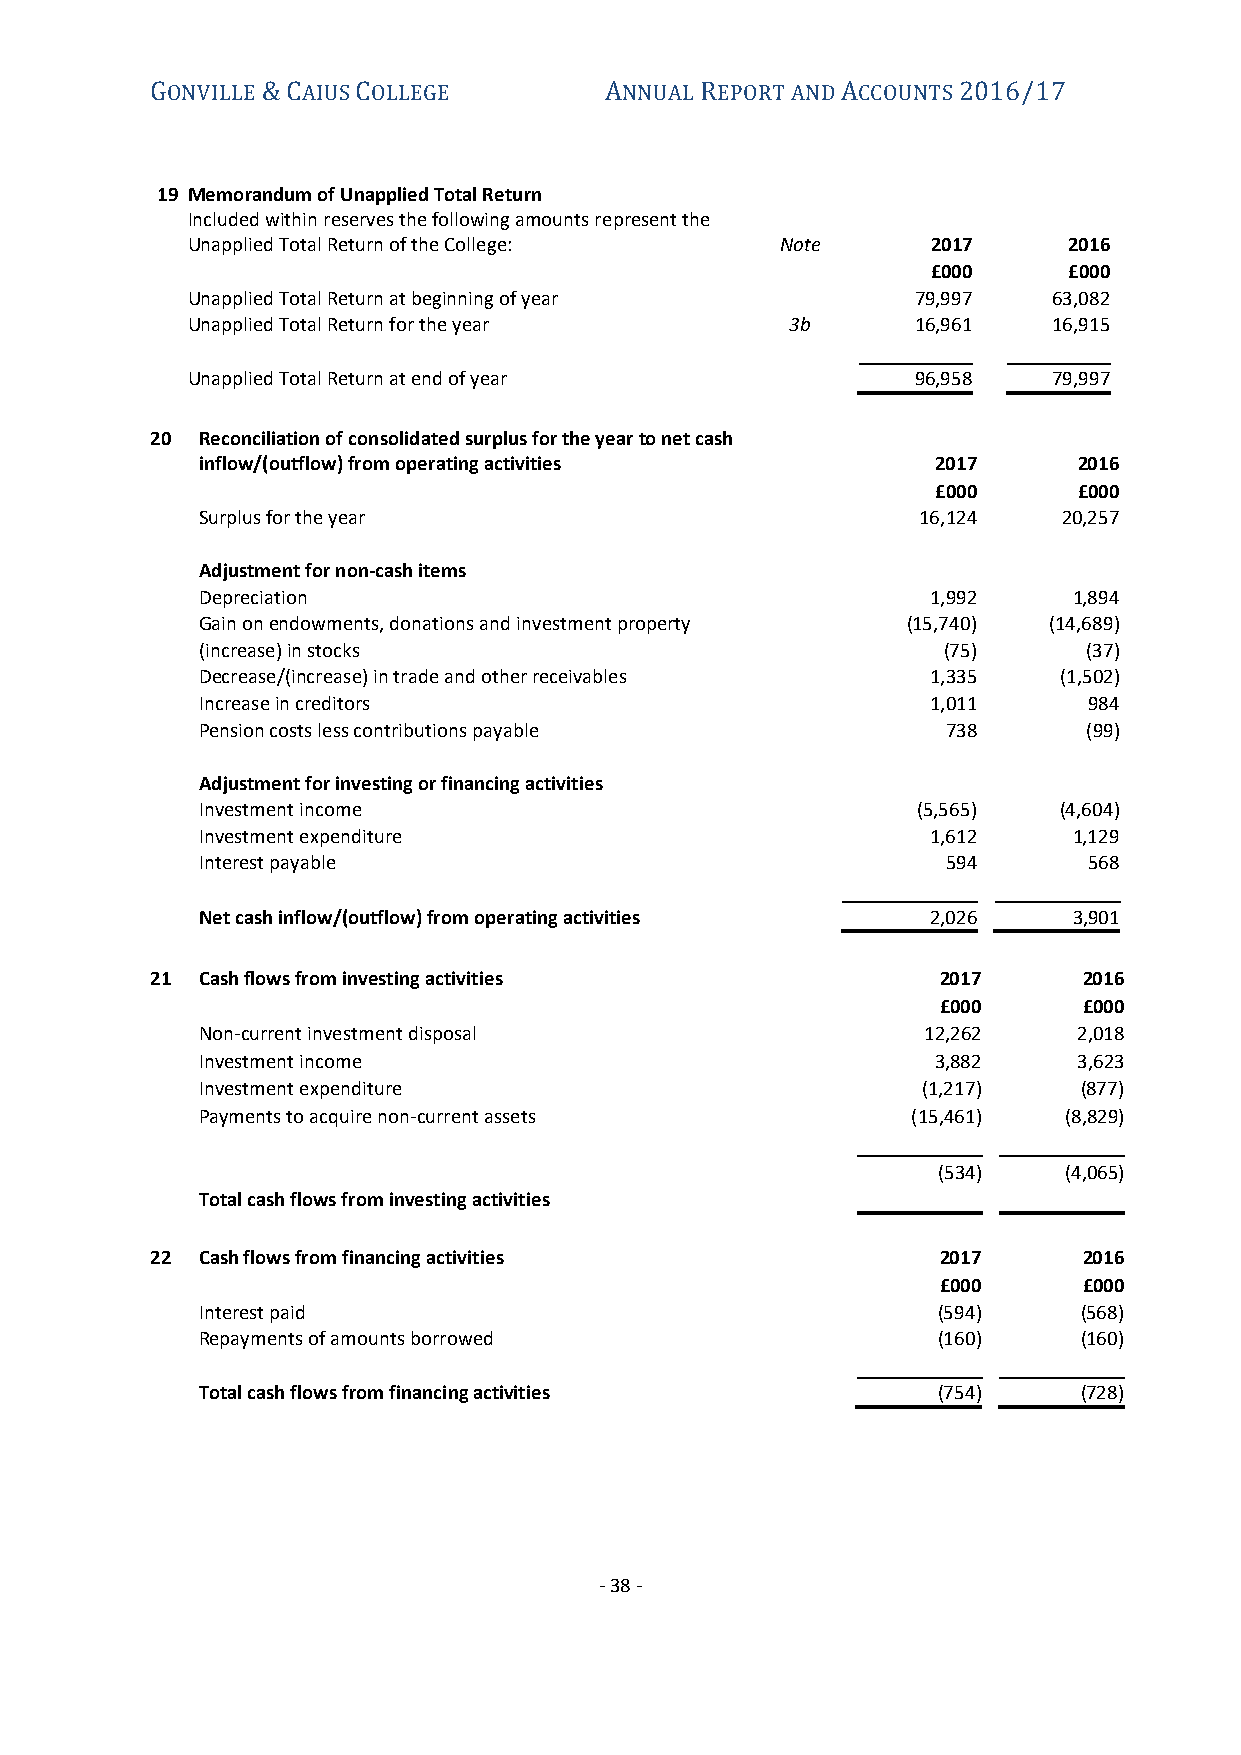
ONVILLE  AIUS OLLEGE          NNUAL EPORT AND CCOUNTS
 G      &C     C               A     R         A      2016/17
 19 Memorandum of Unapplied Total Return
 Included within reserves the following amounts represent the
 Unapplied Total Return of the College:  Note      2017     2016
 £000     £000
 Unapplied Total Return at beginning of year      79,997   63,082
 Unapplied Total Return for the year     3b       16,961   16,915
 Unapplied Total Return at end of year            96,958   79,997
 20 Reconciliation of consolidated surplus for the year to net cash
 inflow/(outflow) from operating activities       2017     20 16
 £000     £0 00
 Surplus for the year                            16,124   20,2 57
 Adjustment for non-cash items
 Depreciation                                     1,992    1,8 94
 Gain on endowments, donations and investment property (15,740) (14,6 89)
 (increase) in stocks                             (75)      ( 37)
 Decrease/(increase) in trade and other receivables 1,335 (1,5 02)
 Increase in creditors                            1,011     9 84
 Pension costs less contributions payable          738      ( 99)
 Adjustment for investing or financing activities
 Investment income                               (5,565)  (4,6 04)
 Investment expenditure                           1,612    1,1 29
 Interest payable                                  594      5 68
 Net cash inflow/(outflow) from operating activities 2,026 3,9 01
 21 Cash flows from investing activities             2017      2016
 £000      £000
 Non-current investment disposal                 12,262    2,018
 Investment income                                3,882    3,623
 Investment expenditure                          (1,217)    (877)
 Payments to acquire non-current assets         (15,461)  (8,829)
 (534)   (4,065)
 Total cash flows from investing activities
 22 Cash flows from financing activities             2017      2016
 £000      £000
 Interest paid                                    (594)     (5 68)
 Repayments of amounts borrowed                   (160)     (1 60)
 Total cash flows from financing activities       (754)     (7 28)
 - 38 -